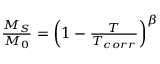
\begin{array} { r } { \frac { M _ { S } } { M _ { 0 } } = \left( 1 - \frac { T } { T _ { c o r r } } \right) ^ { \beta } \, } \end{array}